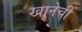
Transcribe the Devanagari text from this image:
खानेची